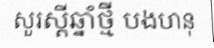
សួរស្តីឆ្នាំថ្មី បងហនុ